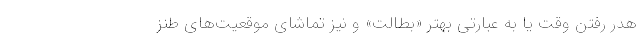
هدر رفتن وقت یا به عبارتی بهتر «بطالت» و نیز تماشای موقعیت‌های طنز